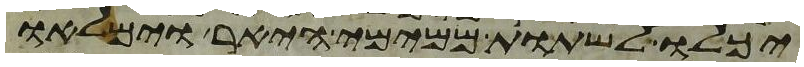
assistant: יכלו לשתות ממימי היאר וימלאו